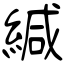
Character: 緘